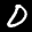
Label: 0